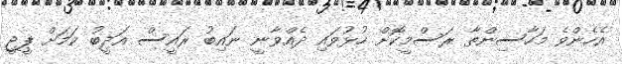
އެހެންވެ މަހާސިންތާ ރަސްމީކޮށް ހުޅުވައި ދެއްވާނީ ނައިބު ރައީސް އަދީބު ކަމަށް ޕީޖީ